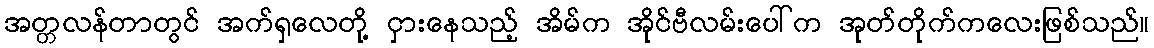
အတ္တလန်တာတွင် အက်ရှလေတို့ ငှားနေသည့် အိမ်က အိုင်ဗီလမ်းပေါ်က အုတ်တိုက်ကလေးဖြစ်သည်။